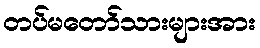
တပ်မတော်သားများအား